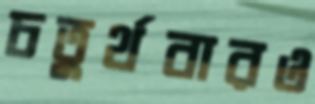
চতুর্থবারও